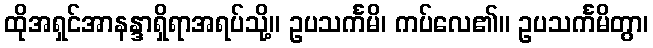
ထိုအရှင်အာနန္ဒာရှိရာအရပ်သို့။ ဥပသင်္ကမိ၊ ကပ်လေ၏။ ဥပသင်္ကမိတွာ၊